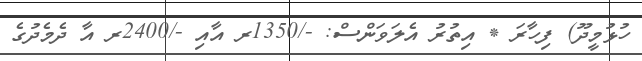
ހުޅުމީދޫ) ފިހާރަ * އިތުރު އެލަވަންސް: -/1350ރ އާއި -/2400ރ އާ ދެމެދުގެ